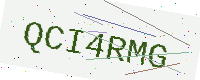
Text: QCI4RMG